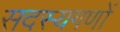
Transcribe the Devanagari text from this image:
सदस्यगणों